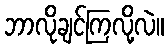
ဘာလိုချင်ကြလို့လဲ။